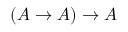
( A \to A ) \to A